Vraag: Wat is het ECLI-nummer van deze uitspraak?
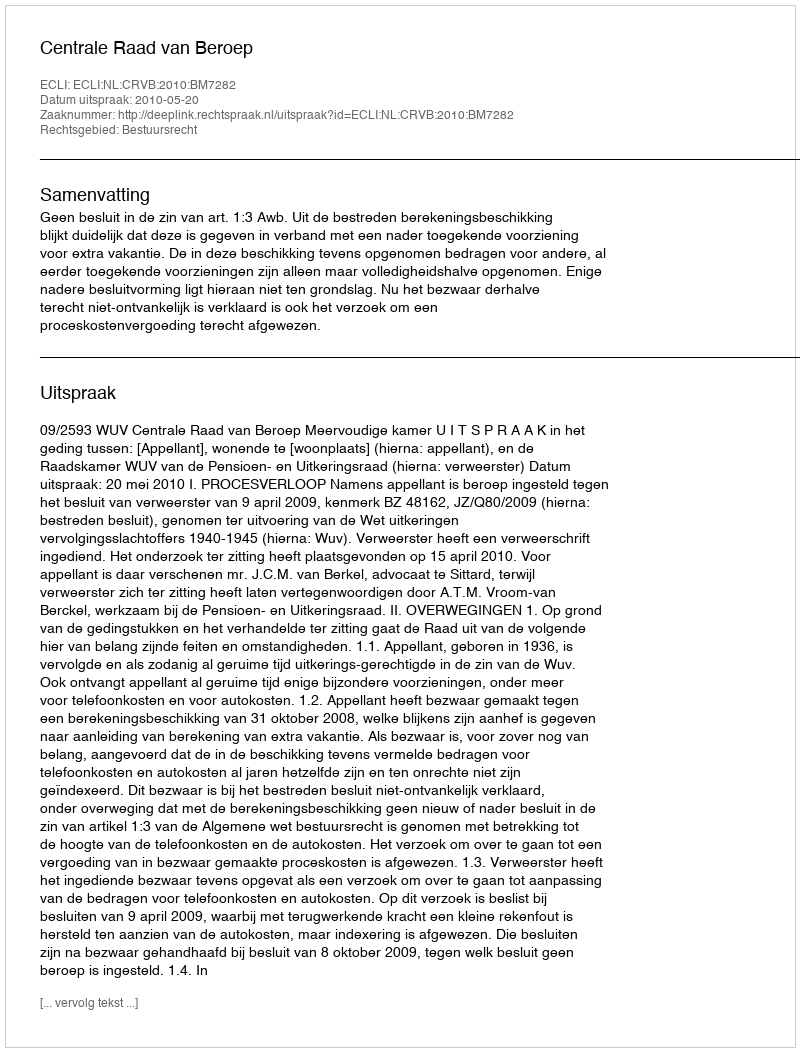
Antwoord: ECLI:NL:CRVB:2010:BM7282